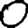
Digit: 0